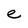
Character: e